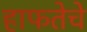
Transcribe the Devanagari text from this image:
हाफतेचे